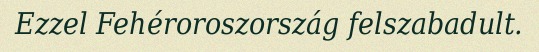
Ezzel Fehéroroszország felszabadult.